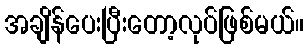
အချိန်ပေးပြီးတော့လုပ်ဖြစ်မယ်။